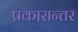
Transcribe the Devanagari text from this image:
प्रकारान्‍तर